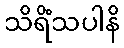
သိရိံသပါနိ